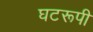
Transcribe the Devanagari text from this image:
घटरूपी